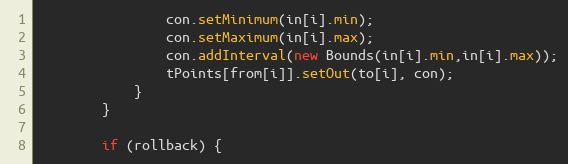
Language: Java
				con.setMinimum(in[i].min);
				con.setMaximum(in[i].max);
				con.addInterval(new Bounds(in[i].min,in[i].max));
				tPoints[from[i]].setOut(to[i], con);
			}
		}

		if (rollback) {